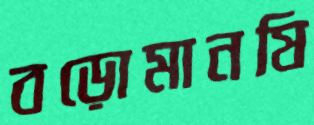
বড়োমানষি